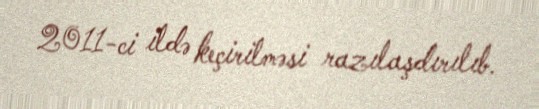
2011-ci ildə keçirilməsi razılaşdırılıb.